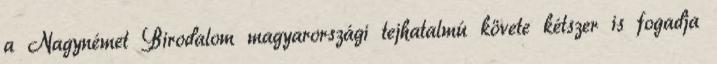
a Nagynémet Birodalom magyarországi tejhatalmú követe kétszer is fogadja